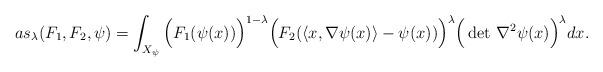
LaTeX: \begin{align*}as_{\lambda}(F_1, F_2, \psi) = \int_{X_\psi} \Big(F_1 (\psi(x))\Big)^{1-\lambda} \Big(F_2(\langle x, \nabla \psi(x)\rangle - \psi(x))\Big)^{\lambda} \Big(\det \, \nabla^2 \psi(x)\Big)^{\lambda} dx.\end{align*}